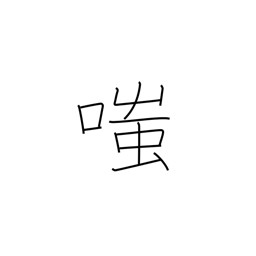
Meaning: laugh